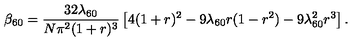
\beta _ { 6 0 } = { \frac { 3 2 \lambda _ { 6 0 } } { N \pi ^ { 2 } ( 1 + r ) ^ { 3 } } } \left[ 4 ( 1 + r ) ^ { 2 } - 9 \lambda _ { 6 0 } r ( 1 - r ^ { 2 } ) - 9 \lambda _ { 6 0 } ^ { 2 } r ^ { 3 } \right] .